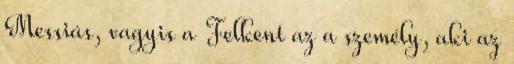
Messiás, vagyis a Felkent az a személy, aki az